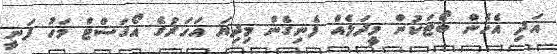
އަދި އެހެން ބޯޓަކުން މީދަލެއް ފެނިގެން މިދިޔަ އަހަރުގެ އޯގަސްޓް މަހު ފަނީ